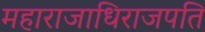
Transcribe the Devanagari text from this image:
महाराजाधिराजपति